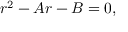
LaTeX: r ^ { 2 } - A r - B = 0 ,